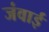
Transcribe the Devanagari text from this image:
जंवाई